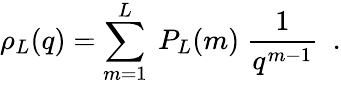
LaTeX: \rho_{L}(q)=\sum_{m=1}^{L}\ P_{L}(m)\ {\frac{1}{q^{m-1}}}\ \ .